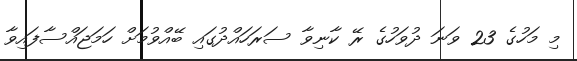
މި މަހުގެ 23 ވަނަ ދުވަހުގެ ރޭ ކާނިވާ ސަރަހައްދުގައި ބޭއްވުމަށް ހަމަޖައްސާފައިވާ